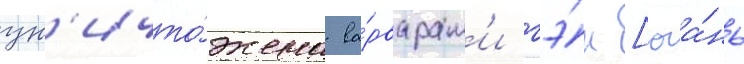
ун'ичто́жена ва́рварам'и гэ́н [юа́нь